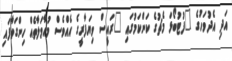
އަދި އެދުވަހުގެ "ފުޓުބޯޅަ މެޗުގެ ކަންކަމުގައި "ރައީސް ވިޔަފާރީގެ އެއްވެސް މުއާމަލާތެއް ހިންގަވާފައި